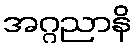
အဂ္ဂညာနိ